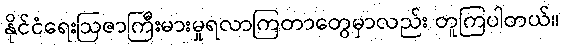
နိုင်ငံရေးဩဇာကြီးမားမှုရလာကြတာတွေမှာလည်း တူကြပါတယ်။